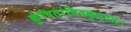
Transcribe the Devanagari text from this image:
कुंचितांचितकुन्तलः।